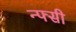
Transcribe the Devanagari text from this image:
न्फ्सी